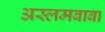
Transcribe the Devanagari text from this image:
अस्लमबाबा